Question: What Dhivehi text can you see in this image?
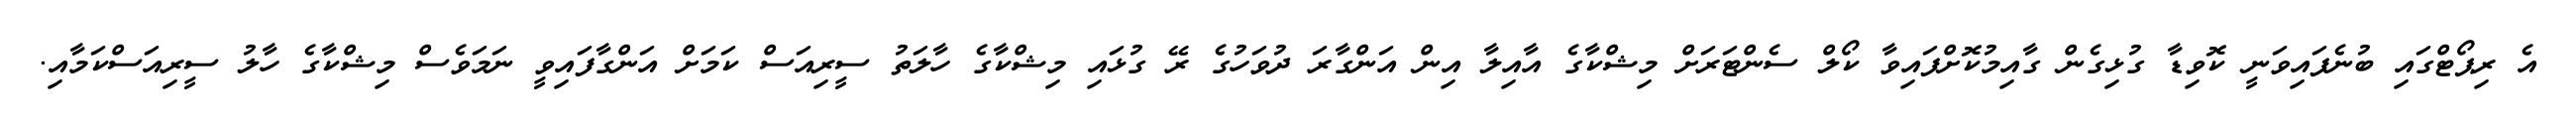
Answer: އެ ރިޕޯޓްގައި ބުނެފައިވަނީ ކޮވިޑާ ގުޅިގެން ގާއިމުކޮށްފައިވާ ކޯލް ސެންޓަރަށް މިޝްކާގެ އާއިލާ އިން އަންގާރަ ދުވަހުގެ ރޭ ގުޅައި މިޝްކާގެ ހާލަތު ސީރިއަސް ކަމަށް އަންގާފައިވީ ނަމަވެސް މިޝްކާގެ ހާލު ސީރިއަސްކަމާއި.